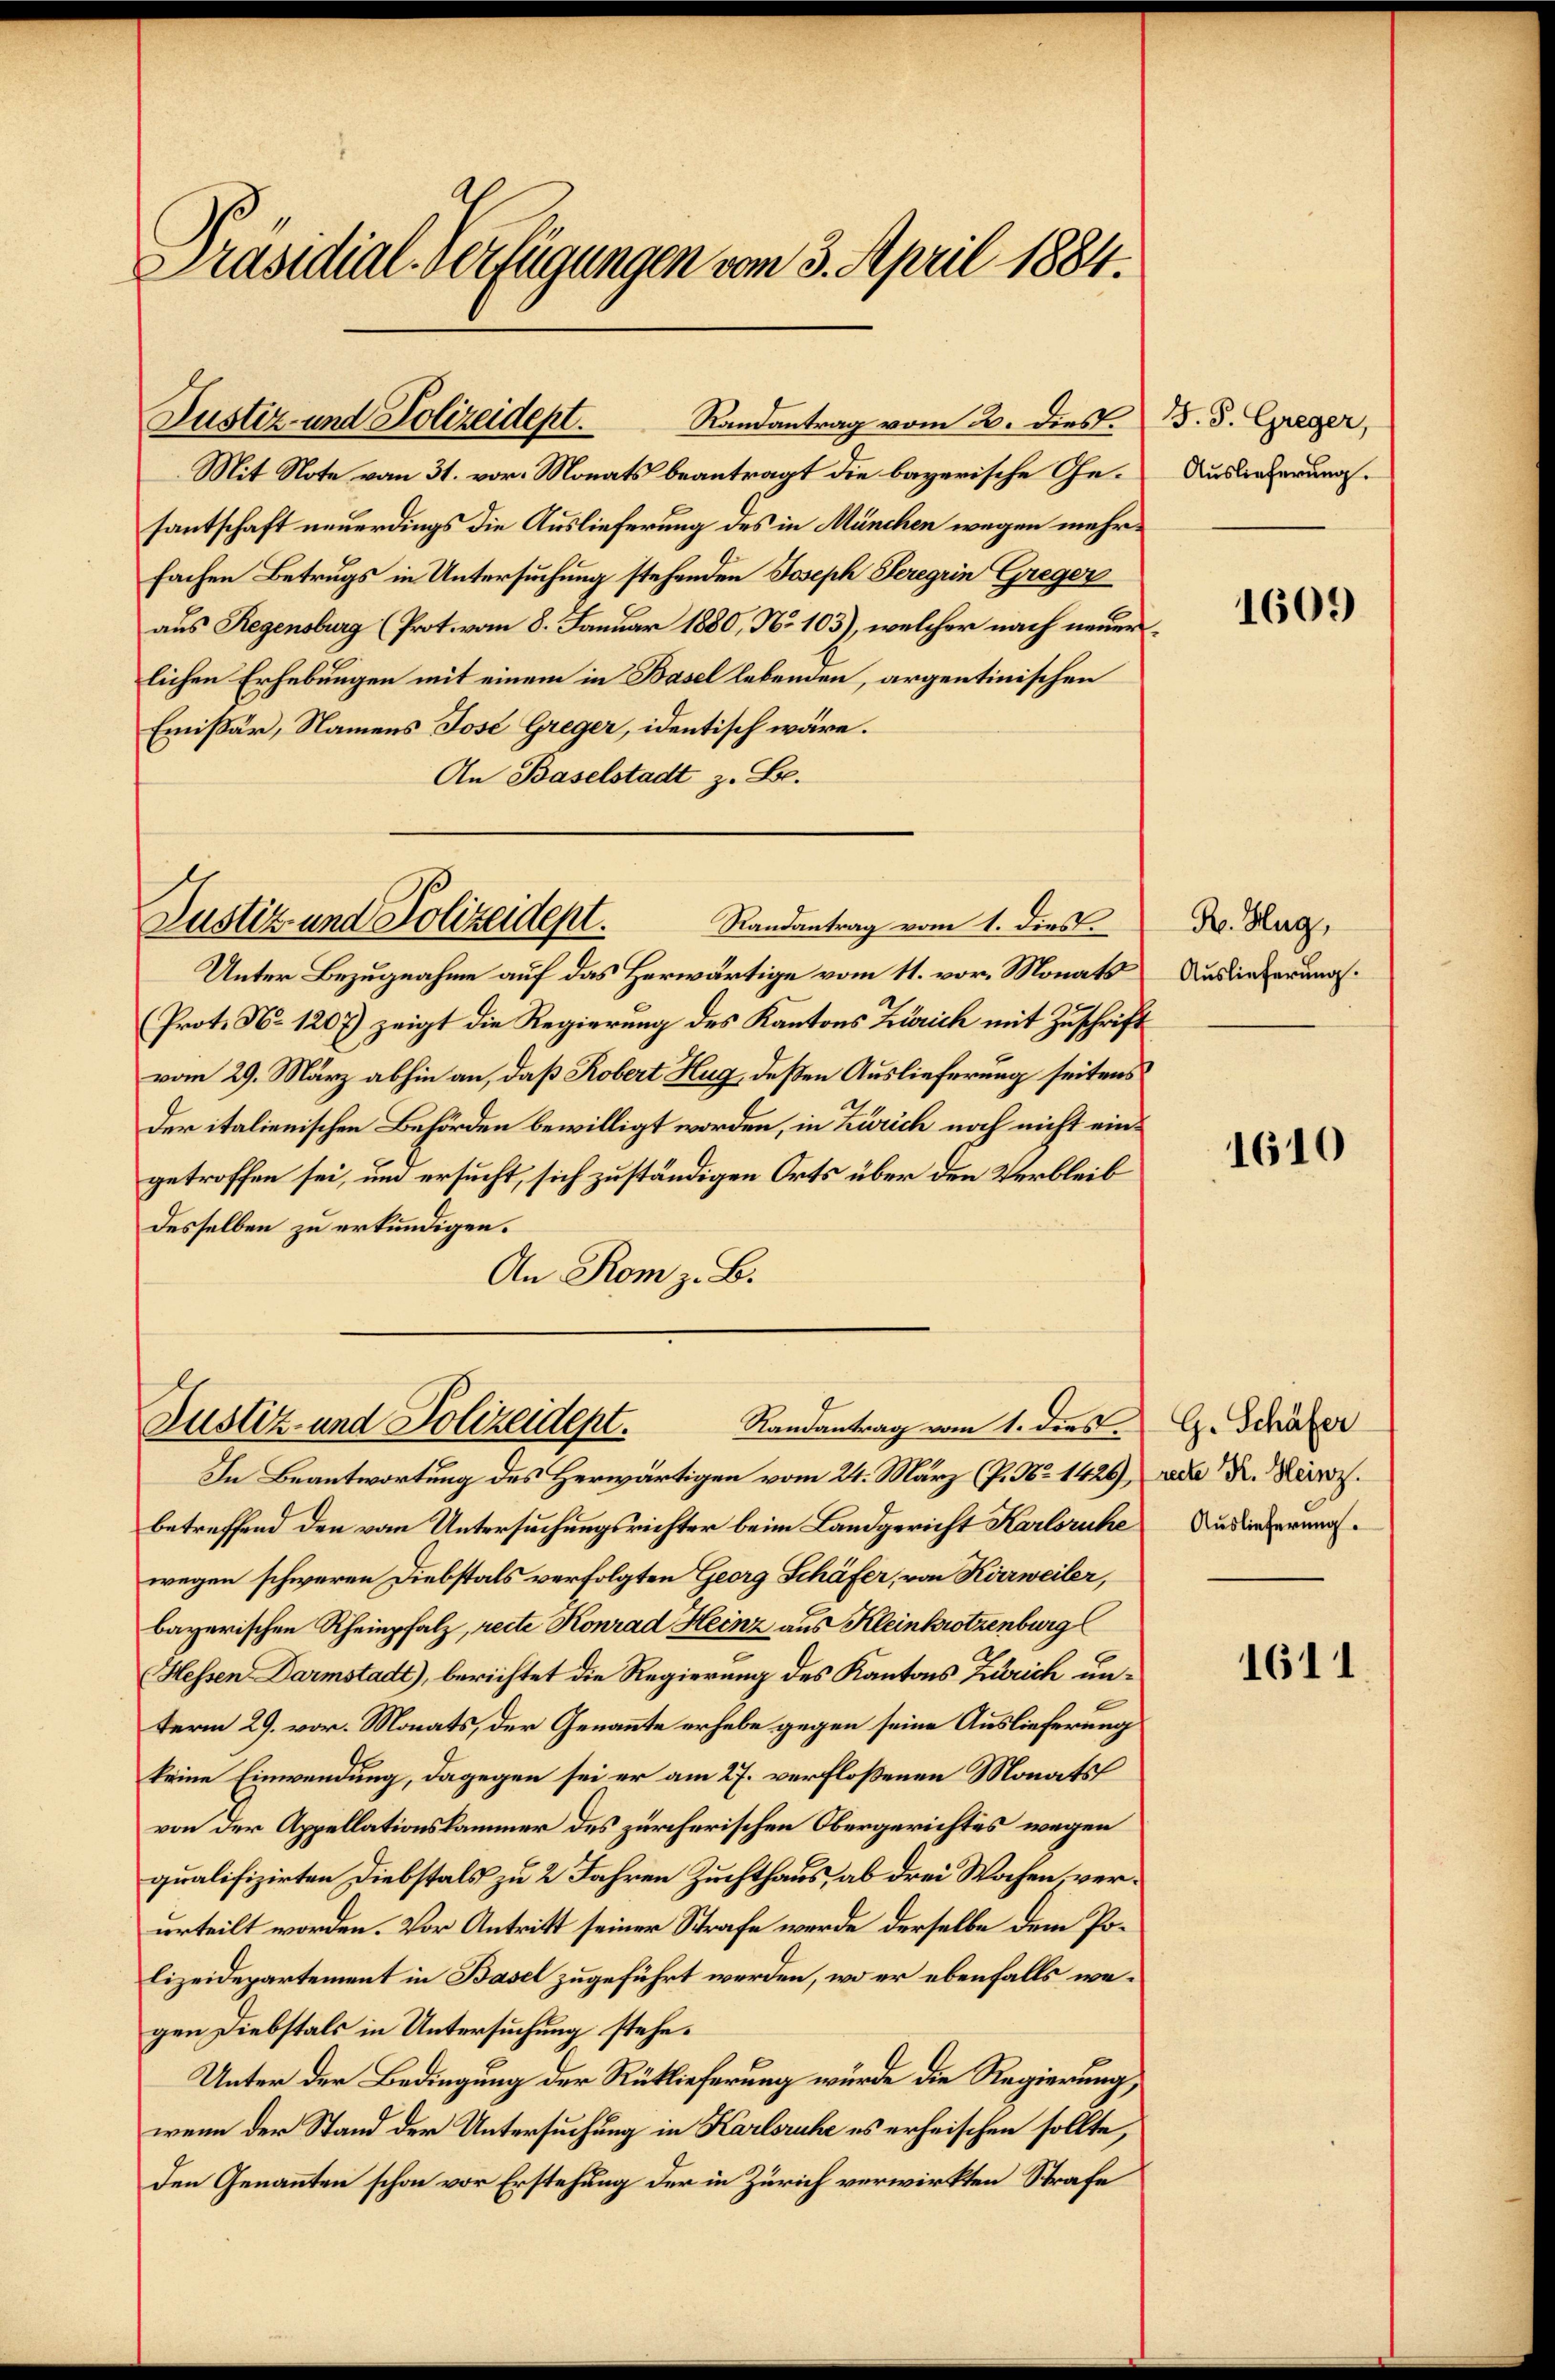
Präsidial-Verfügungen vom 3. April 1884.

Mit Note vom 31. vor. Monats beantragt die bayerische Gesantschaft neuerdings die Auslieferung des in München wegen mehrfachen Betrugs in Untersuchung stehenden Joseph Seregrin Greger
aus Regensburg (Prot. vom 8. Januar 1880, No 103), welcher nach neuerlichen Erhebungen mit einem in Basel lebenden, argentinischen
Emissär, Namens Jose Greger, identisch wäre.
An Baselstadt z. B.
Justiz und Polizeidept.
Randantrag vom 1. dies
Unter Bezugnahme auf das Herwärtige vom 11. vor. Monats
Prot. No 1207) zeigt die Regierung des Kantons Zürich mit Zuschrift
vom 29. März abhin an, daß Robert Hug, deßen Auslieferung seitens
Der italienischen Behörden bewilligt worden, in Zürich noch nicht eingetroffen sei, und ersucht, sich zuständigen Orts über den Verbleib
desselben zu erkundigen.
An Rom z. B.

Justiz- und Polizeidept.

Randantrag vom 2. dies. B. S. Greger,

Randantrag vom 1. dies
Justiz- und Polizeident.

In Beantwortung des Herwärtigen vom 24. März (P. No 1426), da R. März.
betreffend den vom Untersuchungsrichter beim Landgericht Karlsruhe
wegen schweren Diebstals verfolgten Georg Schäfer, von Kärweiler,
bayerischen Rheinpfalz, recte Konrad Heinz aus Kleinkrotzenburg l
Hessen Darmstadt), berichtet die Regierung des Kantons Zürich unterm 29. vor. Monats, der Genannte erhebe gegen seine Auslieferung
keine Einwendung, dagegen sei er am 27. verfloßenen Monats
von der Appellationskammer des zürcherischen Obergerichtes wegen
qualifizirten Diebstals zu 2 Jahren Zuchthaus, ab drei Wochen verurteilt worden. Vor Antritt seiner Strafe werde derselbe dem Polizeidepartement in Basel zugeführt werden, wo er ebenfalls wegen Diebstals in Untersuchung stehe.
Unter der Bedingung der Rücklieferung wurde die Regierung,
wenn der Stand der Untersuchung in Karlsruhe es erheischen sollte,
den Genannten schon vor Erstehung der in Zürich verwirkten Strafe

Auslieferung.

1609

H. Hug,
Auslieferung.

1610

G. Schäfer
Auslieferung.

1611